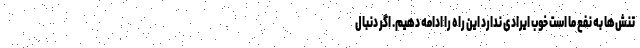
تنش‌ها به نفع ما است خوب ایرادی ندارد این راه را ادامه دهیم. اگر دنبال